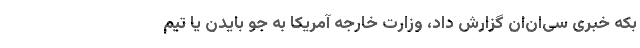
بکه خبری سی‌ان‌ان گزارش داد، وزارت خارجه آمریکا به جو بایدن یا تیم